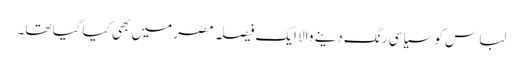
لباس کو سیاسی رنگ دینے والا ایک فیصلہ مصر میں بھی کیا گیا تھا۔